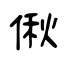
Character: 偢